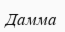
Дамма